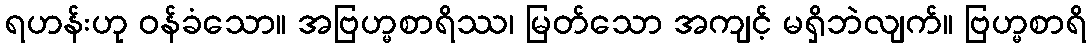
ရဟန်းဟု ဝန်ခံသော။ အဗြဟ္မစာရိဿ၊ မြတ်သော အကျင့် မရှိဘဲလျက်။ ဗြဟ္မစာရိ